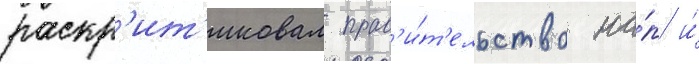
раскр'ит'иковал прав'и́т'ельство на́п и́